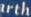
arth